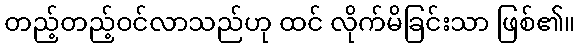
တည့်တည့်ဝင်လာသည်ဟု ထင် လိုက်မိခြင်းသာ ဖြစ်၏။